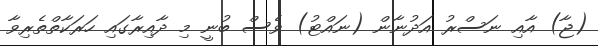
(ޖާ) އާއި ނަސްރު އަދުނާން (ނައްޓު) ވެސް ބުނީ މި ދާއިރާގައި ހަރަކާތްތެރިވާ